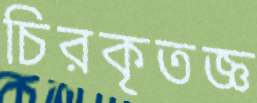
চিরকৃতজ্ঞ